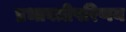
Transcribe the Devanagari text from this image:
प्रभावतीपरिणय